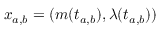
x _ { a , b } = ( m ( t _ { a , b } ) , \lambda ( t _ { a , b } ) )